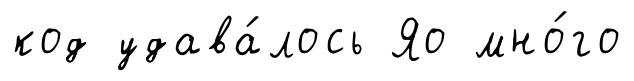
код удава́лось Яо мно́го